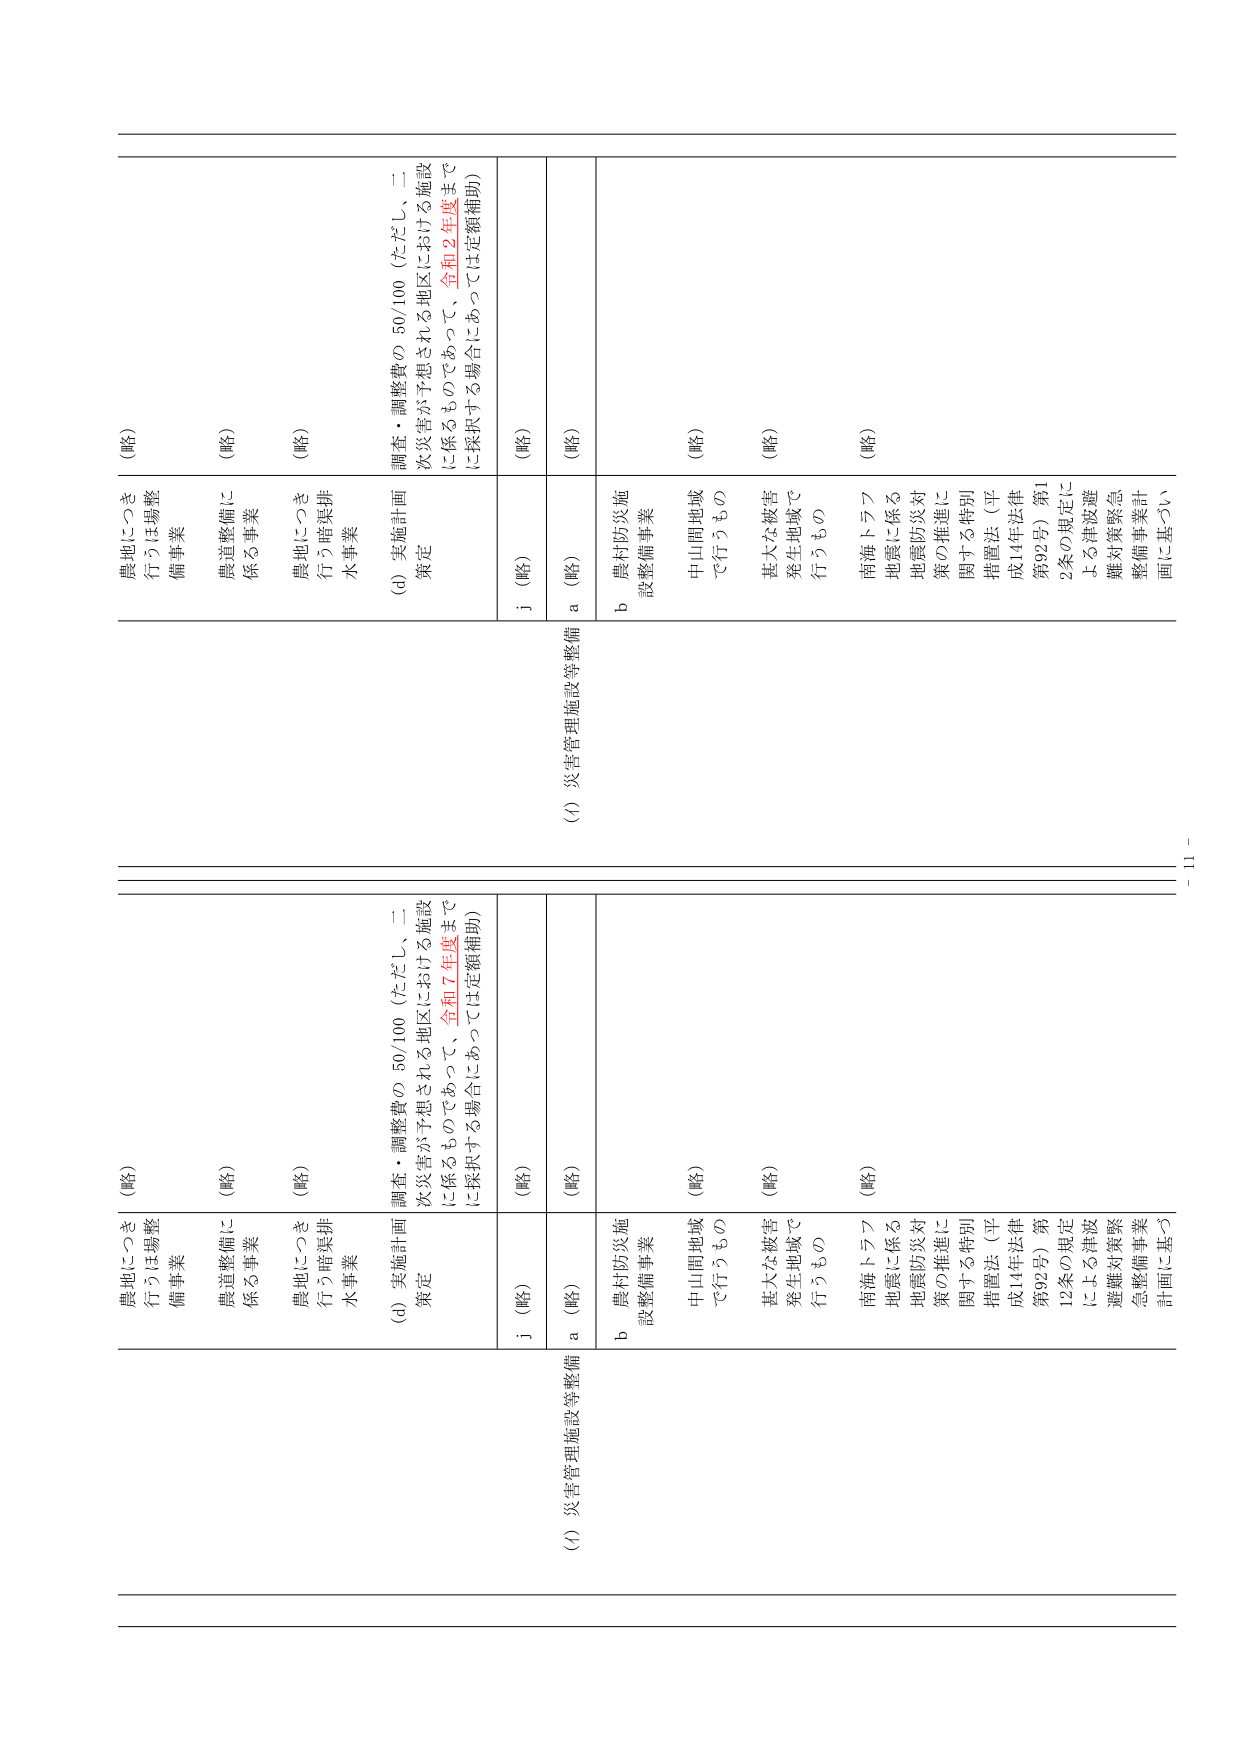
農地につき（略）
行うほ場整備事業

農道整備に（略）
係る事業

農地につき（略）
行う暗渠排水事業

(d) 実施計画策定
調査・調整費の 50/100（ただし、二次災害が予想される地区における施設に係るものであって、令和7年度までに採択する場合にあっては定額補助）

j（略）

(1) 災害管理施設等整備

a（略）

b 農村防災施設整備事業

中山間地域（略）
で行うもの

甚大な被害（略）
発生地域で
行うもの

南海トラフ（略）
地震に係る
地震防災対策の推進に関する特別措置法（平成14年法律第92号）第12条の規定による津波避難対策緊急整備事業計画に基づく

農地につき（略）
行うほ場整備事業

農道整備に（略）
係る事業

農地につき（略）
行う暗渠排水事業

(d) 実施計画策定
調査・調整費の 50/100（ただし、二次災害が予想される地区における施設に係るものであって、令和2年度までに採択する場合にあっては定額補助）

j（略）

(1) 災害管理施設等整備

a（略）

b 農村防災施設整備事業

中山間地域（略）
で行うもの

甚大な被害（略）
発生地域で
行うもの

南海トラフ（略）
地震に係る
地震防災対策の推進に関する特別措置法（平成14年法律第92号）第12条の規定による津波避難対策緊急整備事業計画に基づく

－ 11 －